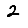
Digit: 2